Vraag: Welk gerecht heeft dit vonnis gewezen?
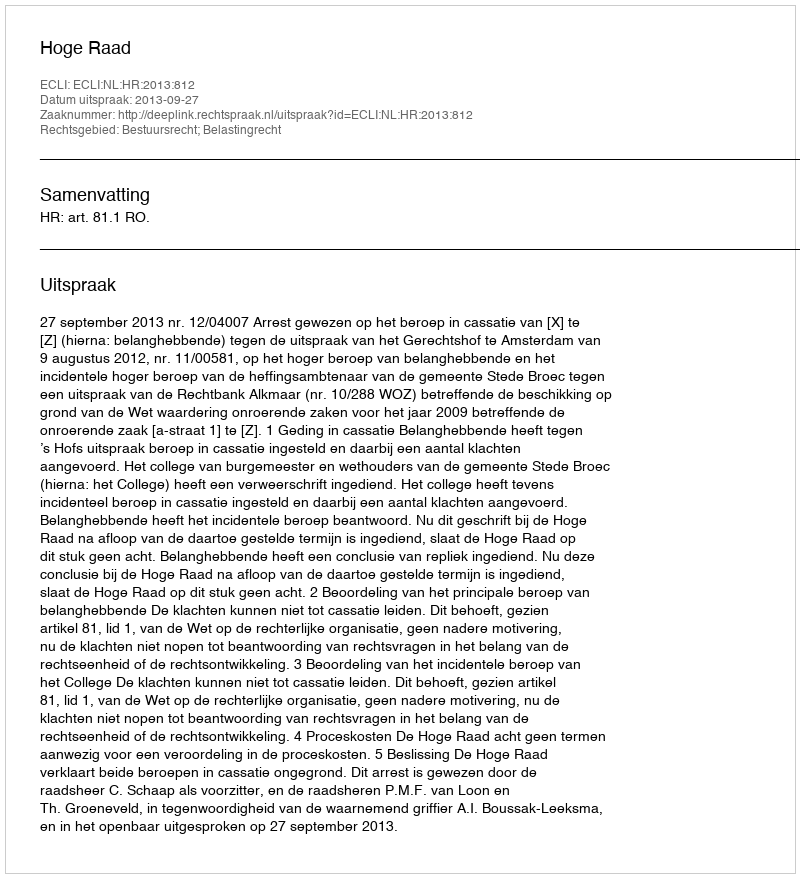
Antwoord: Hoge Raad